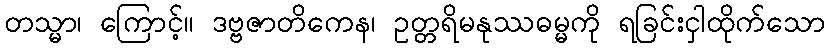
တသ္မာ၊ ကြောင့်။ ဒဗ္ဗဇာတိကေန၊ ဥတ္တရိမနုဿဓမ္မကို ရခြင်းငှါထိုက်သော